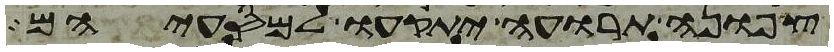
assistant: צפונה תרועה יתקעו למסעיהם